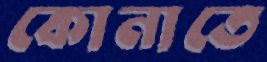
কোনাতে